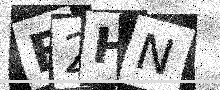
Text: F2HN